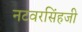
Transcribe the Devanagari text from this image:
नटवरसिंहजी